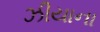
ઝીયાના